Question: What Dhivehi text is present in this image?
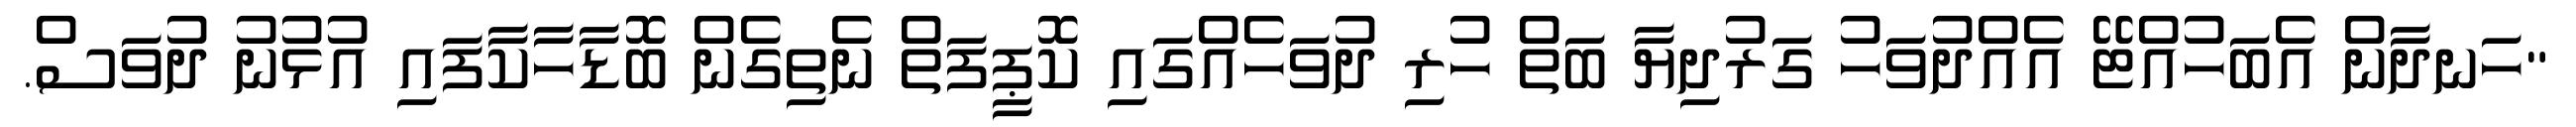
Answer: "ހަނދާން އެބަހުއްޓޭ އެއްދުވަހު ގަރުދިޔާ ބަތް ހުރި ދުވަހެއްގައި ކޮޕީފަތް ނެތިގެން ބޮޑާހާކާފައި އުޅުނު ދުވަސް.